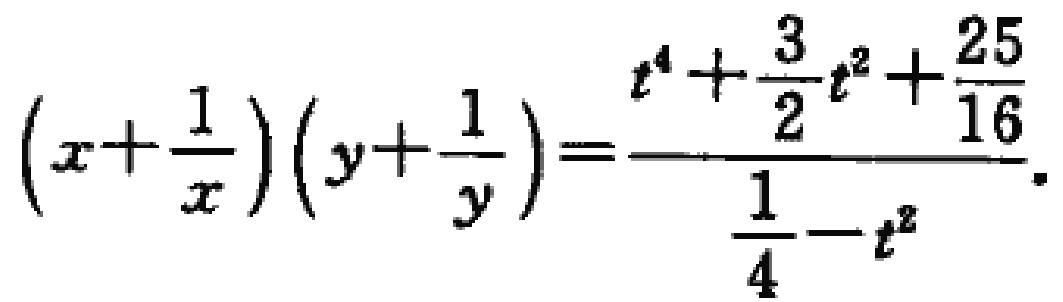
\((x+\frac{1}{x})(y+\frac{1}{y})=\frac{t^{4}+\frac{3}{2}t^{2}+\frac{25}{16}}{\frac{1}{4}-t^{2}}.\)